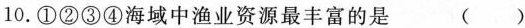
10.①②③④海域中渔业资源最丰富的是 ( )